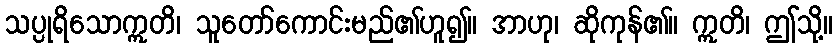
သပ္ပုရိသောဣတိ၊ သူတော်ကောင်းမည်၏ဟူ၍။ အာဟု၊ ဆိုကုန်၏။ ဣတိ၊ ဤသို့။